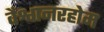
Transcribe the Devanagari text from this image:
वैश्वानरहोम